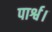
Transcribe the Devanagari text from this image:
पार्श्व।